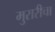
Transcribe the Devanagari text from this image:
मुरारीचा